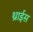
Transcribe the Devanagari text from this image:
थ्राईस